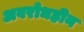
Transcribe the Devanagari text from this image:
अवरोधहीन